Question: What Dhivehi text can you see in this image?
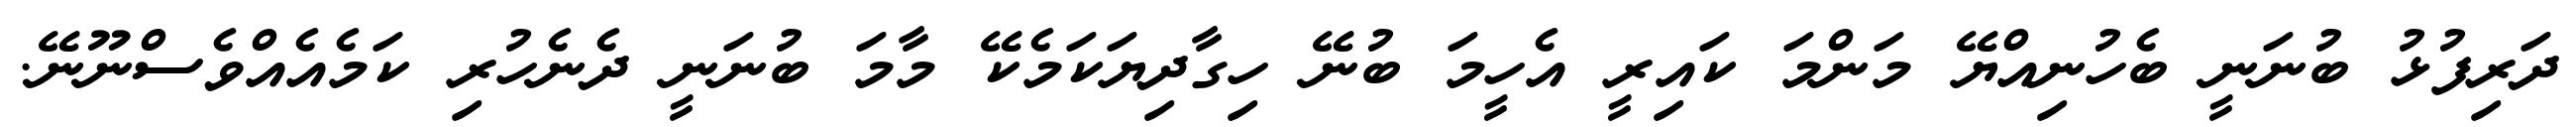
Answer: ދަރިފުޅު ބުނަނީ ބެހުނިއްޔޭ މަންމަ ކައިރީ އެހީމަ ބުނޭ ހިގާދިޔަކަމެކޭ މާމަ ބުނަނީ ދެނެހުރި ކަމެއެއްވެސްނޫނޭ.